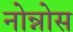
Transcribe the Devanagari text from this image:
नोन्नोस